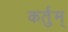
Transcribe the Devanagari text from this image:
कर्तुम्